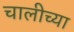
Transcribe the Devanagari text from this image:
चालीच्या